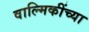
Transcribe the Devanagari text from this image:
वाल्मिकींच्या